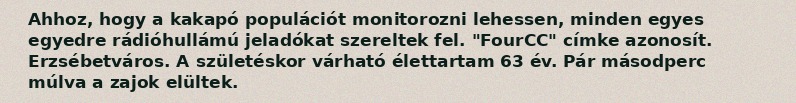
Ahhoz, hogy a kakapó populációt monitorozni lehessen, minden egyes egyedre rádióhullámú jeladókat szereltek fel. "FourCC" címke azonosít. Erzsébetváros. A születéskor várható élettartam 63 év. Pár másodperc múlva a zajok elültek.